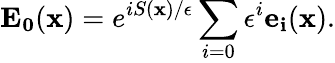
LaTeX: \mathbf{E_{0}}(\mathbf{x})=e^{iS(\mathbf{x})/\epsilon}\sum_{i=0}\epsilon^{i}\mathbf{e_{i}}(\mathbf{x}).